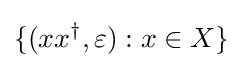
\{(xx^{\dagger },\varepsilon ):x\in X\}